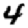
Digit: 4